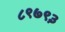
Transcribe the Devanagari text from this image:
८९७९३